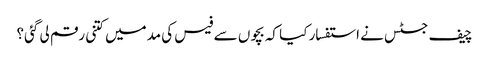
چیف جسٹس نے استفسار کیا کہ بچوں سے فیس کی مدمیں کتنی رقم لی گئی؟